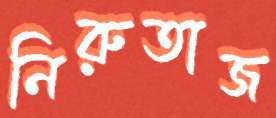
নিরুতাজ